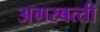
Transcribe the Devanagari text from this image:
अगरबत्‍ती